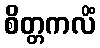
စိတ္တကလိံ